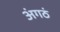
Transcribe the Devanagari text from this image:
अंगठं